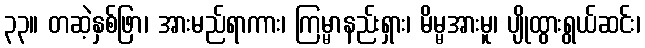
၃၃။ တဆဲ့နှစ်ဖြာ၊ အားမည်ရာကား၊ ကြမ္မာနည်းရှား၊ မိမ္မအားမူ၊ ပျိုထွားရွယ်ဆင်း၊